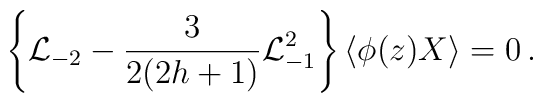
\left\{{\cal L}_{-2}-\frac{3}{2(2h+1)}{\cal L}_{-1}^{2}\right\}\langle\phi(z)X\rangle=0\,.